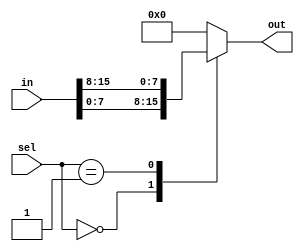
module mux #(parameter WIDTH=8, parameter N=2)(
    input [N-1:0] sel,
    input [N*WIDTH-1:0] in,
    output reg [WIDTH-1:0] out
);

always @*
    case(sel)
        0: out = in[WIDTH-1:0];
        1: out = in[WIDTH*2-1:WIDTH];
        default: out = 0;
    endcase

endmodule